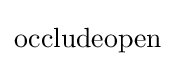
\mathrm {occludeopen}